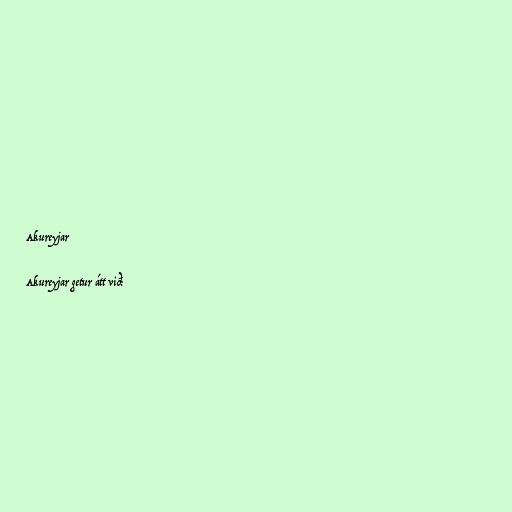
Akureyjar

Akureyjar getur átt við: